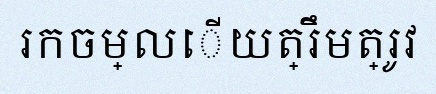
រកចម្លើយត្រឹមត្រូវ